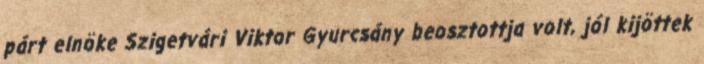
párt elnöke Szigetvári Viktor Gyurcsány beosztottja volt, jól kijöttek